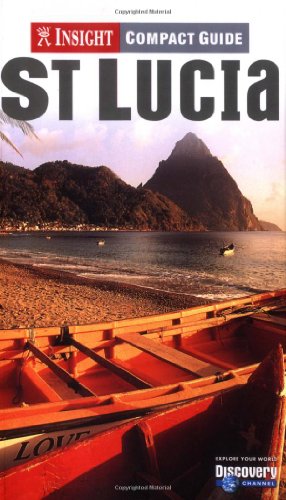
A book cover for Insight Compact Guide St. Lucia; Lesley Gordon; Travel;